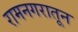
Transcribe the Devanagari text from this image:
रामनगरातून